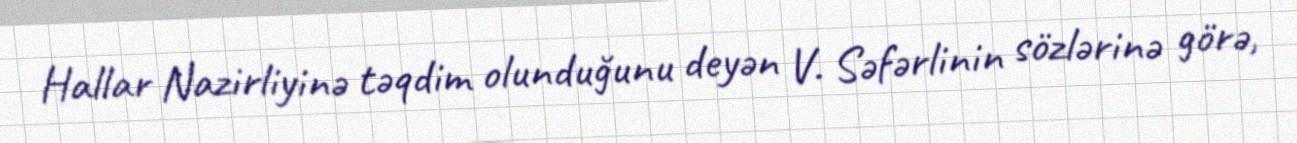
Hallar Nazirliyinə təqdim olunduğunu deyən V. Səfərlinin sözlərinə görə,